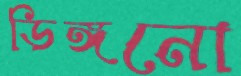
ডিঙ্গনো